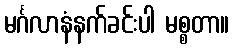
မင်္ဂလာနံနက်ခင်းပါ မစ္စတာ။